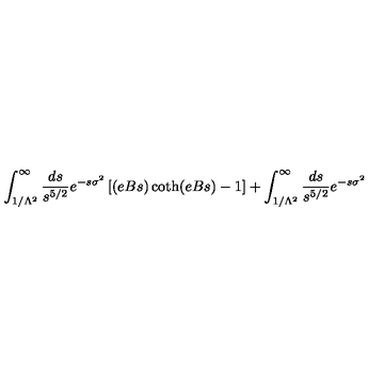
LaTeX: \int _ { 1 / \Lambda ^ { 2 } } ^ { \infty } { \frac { d s } { s ^ { 5 / 2 } } } e ^ { - s \sigma ^ { 2 } } \left[ ( e B s ) \coth ( e B s ) - 1 \right] + \int _ { 1 / \Lambda ^ { 2 } } ^ { \infty } { \frac { d s } { s ^ { 5 / 2 } } } e ^ { - s \sigma ^ { 2 } }